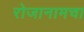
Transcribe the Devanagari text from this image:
रोजानामचा